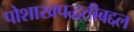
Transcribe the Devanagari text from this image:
पोशाखपद्धतीबद्दल